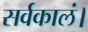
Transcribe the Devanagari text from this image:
सर्वकालं।